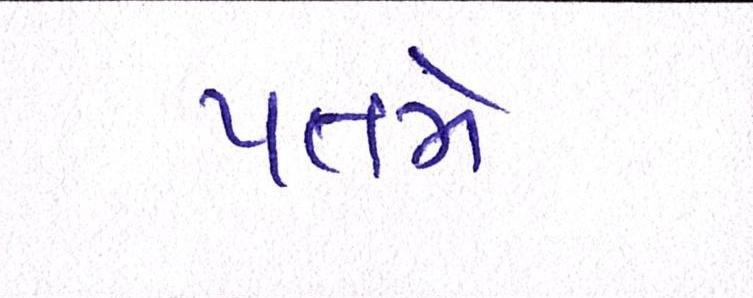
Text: પતમે